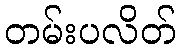
တမ်းပလိတ်